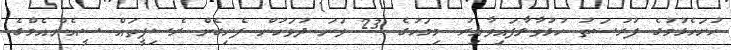
ހުށަހެޅުމުގެ ފުރުސަތު ހުޅުވާލާފައިވާއިރު މިމަހުގެ 23 ވަނަ ދުވަހުން ފެށިގެން ރެސިޕީތައް ސީއެންއެމްގެ